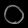
Digit: ၀